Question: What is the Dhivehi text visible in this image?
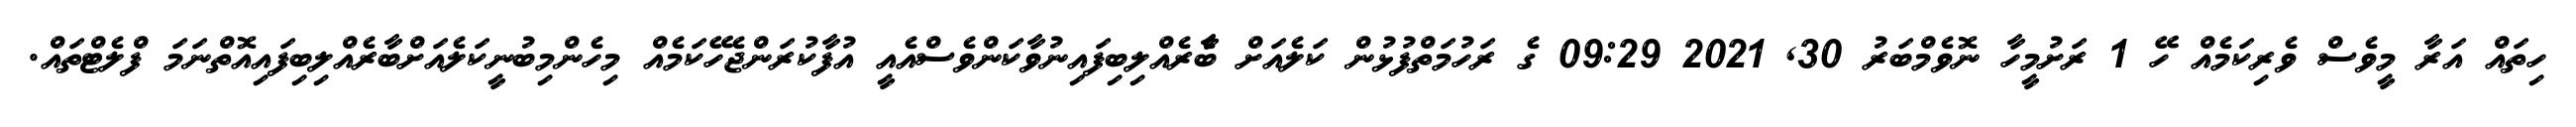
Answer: ހިތައް އަރާ މީވެސް ވެރިކަމެއް ހޭ 1 ރަށުމީހާ ނޮވެމްބަރު 30, 2021 09:29 ގެ ރަހުމަތްފުޅުން ކަލެއަށް ބާެރެއްލިބިފައިނުވާކަންވެސްއެއީ އުފާކުރަންޖެހޭކަމެއް މިހެންމިބުނީކަލެއަށްބާރެއްލިބިފައިއޮތްނަމަ ފްލެޓްތައް.